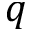
q